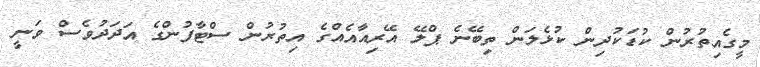
މީގެއިތުރުން ކުޑަކުދިން ކުޅެލަން ތިބޭނެ ޕްލޭ އޭރިއާއެއްގެ އިތުރުން ސްޓާފުންގެ އަދަދުވެސް ވަނީ